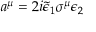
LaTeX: a ^ { \mu } = 2 i \tilde { \epsilon } _ { 1 } \sigma ^ { \mu } \epsilon _ { 2 }